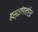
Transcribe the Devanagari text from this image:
हस्तांणतरित